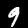
Label: 9